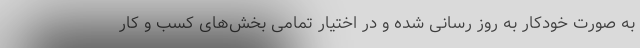
به صورت خودکار به روز رسانی شده و در اختیار تمامی بخش‌های کسب و کار